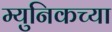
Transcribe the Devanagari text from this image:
म्युनिकच्या